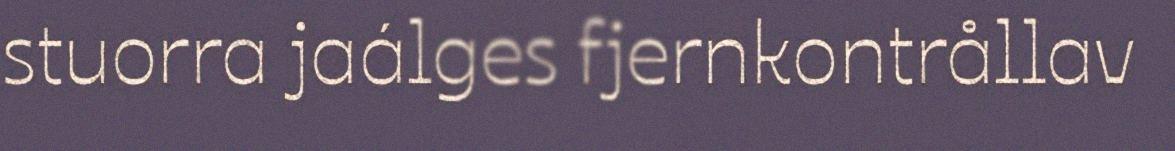
stuorra jaálges fjernkontrållav